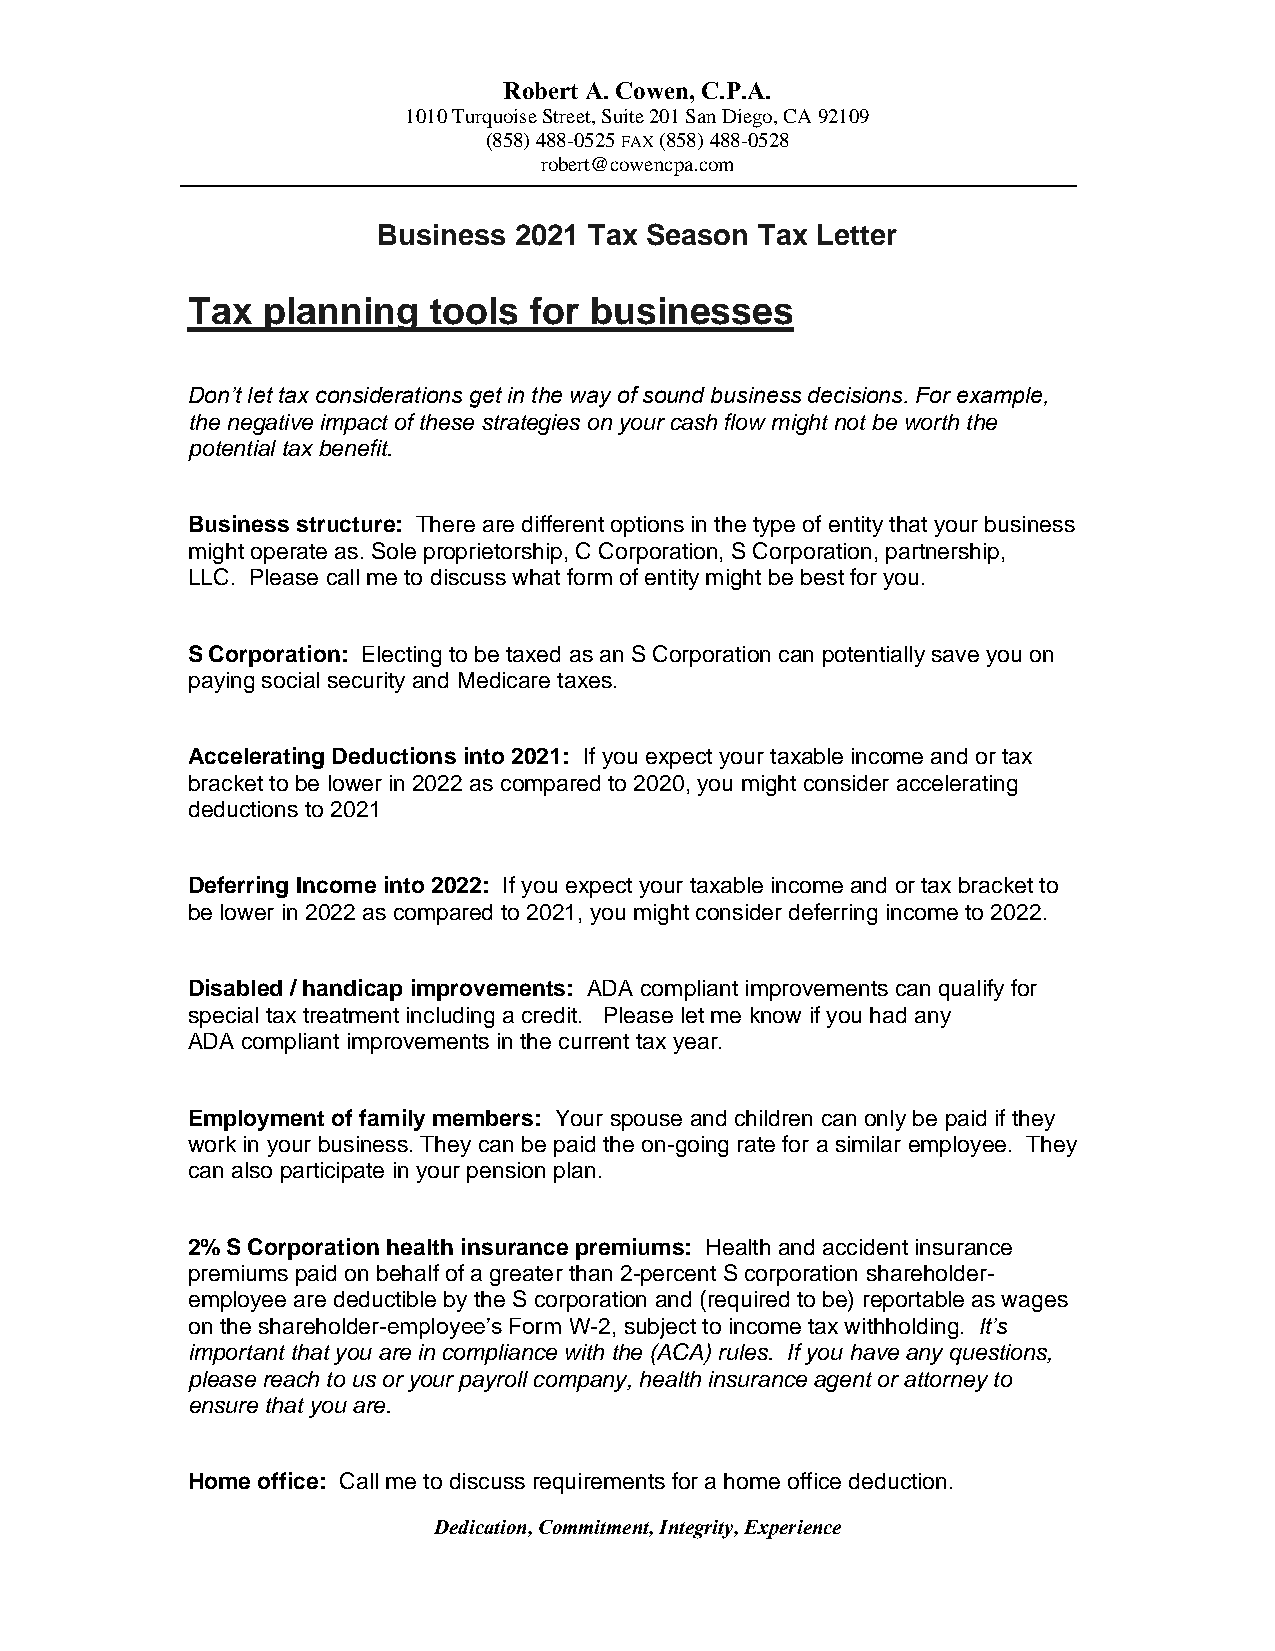
Robert A. Cowen, C.P.A.
 1010 Turquoise Street, Suite 201 San Diego, CA 92109
 (858) 488-0525 FAX (858) 488-0528
 robert@cowencpa.com
 Business 2021 Tax Season Tax Letter
 Tax  planning   tools  for businesses
 Don’t let tax considerations get in the way of sound business decisions. For example,
 the negative impact of these strategies on your cash flow might not be worth the
 potential tax benefit.
 Business structure: There are different options in the type of entity that your business
 might operate as. Sole proprietorship, C Corporation, S Corporation, partnership,
 LLC. Please call me to discuss what form of entity might be best for you.
 S Corporation: Electing to be taxed as an S Corporation can potentially save you on
 paying social security and Medicare taxes.
 Accelerating Deductions into 2021: If you expect your taxable income and or tax
 bracket to be lower in 2022 as compared to 2020, you might consider accelerating
 deductions to 2021
 Deferring Income into 2022: If you expect your taxable income and or tax bracket to
 be lower in 2022 as compared to 2021, you might consider deferring income to 2022.
 Disabled / handicap improvements: ADA compliant improvements can qualify for
 special tax treatment including a credit. Please let me know if you had any
 ADA compliant improvements in the current tax year.
 Employment of family members: Your spouse and children can only be paid if they
 work in your business. They can be paid the on-going rate for a similar employee. They
 can also participate in your pension plan.
 2% S Corporation health insurance premiums: Health and accident insurance
 premiums paid on behalf of a greater than 2-percent S corporation shareholder-
 employee are deductible by the S corporation and (required to be) reportable as wages
 on the shareholder-employee’s Form W-2, subject to income tax withholding. It’s
 important that you are in compliance with the (ACA) rules. If you have any questions,
 please reach to us or your payroll company, health insurance agent or attorney to
 ensure that you are.
 Home office: Call me to discuss requirements for a home office deduction.
 Dedication, Commitment, Integrity, Experience